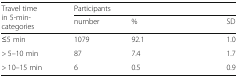
<table><thead><tr><td rowspan="2"><b>Travel time in 5-min-categories</b></td><td colspan="4"><b>Participants</b></td></tr><tr><td><b>number</b></td><td><b>%</b></td><td>[EMPTY_CELL]</td><td><b>SD</b></td></tr></thead><tbody><tr><td>≤5 min</td><td>1079</td><td>92.1</td><td>[EMPTY_CELL]</td><td>1.0</td></tr><tr><td>&gt; 5–10 min</td><td>87</td><td>7.4</td><td>[EMPTY_CELL]</td><td>1.7</td></tr><tr><td>&gt; 10–15 min</td><td>6</td><td>0.5</td><td>[EMPTY_CELL]</td><td>0.9</td></tr></tbody></table>